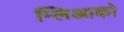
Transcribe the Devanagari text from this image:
म्लिआको